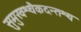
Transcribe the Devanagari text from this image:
सुमुखश्चैकदन्तश्च